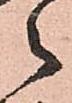
々